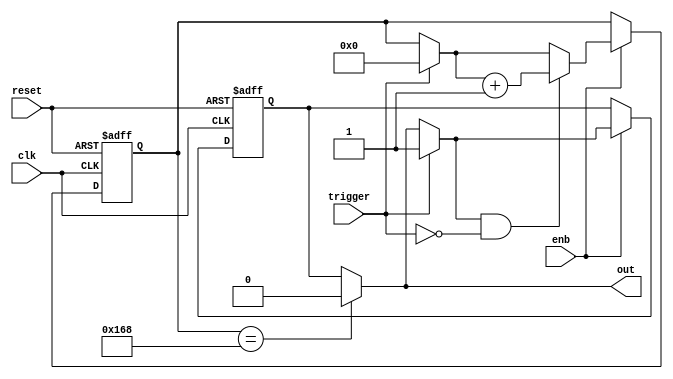
// -------------------------------------------------------------
// 
// 
// Generated by MATLAB 9.13 and HDL Coder 4.0
// 
// -------------------------------------------------------------


// -------------------------------------------------------------
// 
// Module: whdlOFDMTx_MATLAB_Function
// Source Path: whdlOFDMTx/Frame Generator/Data/Data Chain/Symbol Interleaver/Interleaver/Read Logic/MATLAB Function
// Hierarchy Level: 9
// 
// -------------------------------------------------------------

`timescale 1 ns / 1 ns

module whdlOFDMTx_MATLAB_Function
          (clk,
           reset,
           enb,
           trigger,
           out);


  input   clk;
  input   reset;
  input   enb;
  input   trigger;
  output  out;


  reg  out_1;
  reg [8:0] count;  // ufix9
  reg  state;
  reg [8:0] count_next;  // ufix9
  reg  state_next;
  reg [8:0] count_temp;  // ufix9
  reg  state_temp;


  always @(posedge clk or posedge reset)
    begin : MATLAB_Function_process
      if (reset == 1'b1) begin
        count <= 9'b000000000;
        state <= 1'b0;
      end
      else begin
        if (enb) begin
          count <= count_next;
          state <= state_next;
        end
      end
    end

  always @(count, state, trigger) begin
    count_temp = count;
    state_temp = state;
    // %% Executes in next clock cycle
    if (count == 9'b101101000) begin
      state_temp = 1'b0;
    end
    out_1 = state_temp;
    // %% Executes in current clock cycle
    if (trigger) begin
      state_temp = 1'b1;
      count_temp = 9'b000000000;
    end
    if (state_temp && ( ! trigger)) begin
      count_temp = count_temp + 9'b000000001;
    end
    count_next = count_temp;
    state_next = state_temp;
  end



  assign out = out_1;

endmodule  // whdlOFDMTx_MATLAB_Function